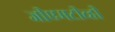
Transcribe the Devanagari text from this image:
जीएमटीव्ही